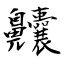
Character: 齉